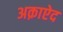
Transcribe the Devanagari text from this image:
अक़ाऐद